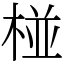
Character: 椪